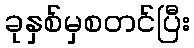
ခုနှစ်မှစတင်ပြီး